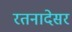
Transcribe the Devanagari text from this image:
रतनादेसर